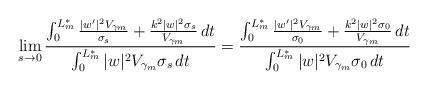
LaTeX: \begin{align*}\lim_{s \to 0} \frac{\int_0^{L_m^*} \frac{|w'|^2 V_{\gamma_m}}{\sigma_s}+\frac{k^2|w|^2 \sigma_s}{V_{\gamma_m}} \,dt}{\int_0^{L_m^*} |w|^2 V_{\gamma_m} \sigma_s \,dt}=\frac{\int_0^{L_m^*} \frac{|w'|^2 V_{\gamma_m}}{\sigma_0}+\frac{k^2|w|^2 \sigma_0}{V_{\gamma_m}} \,dt}{\int_0^{L_m^*} |w|^2 V_{\gamma_m} \sigma_0 \,dt}\end{align*}